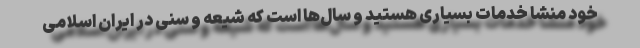
خود منشا خدمات بسیاری هستید و سال‌ها است که شیعه و سنی در ایران اسلامی